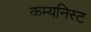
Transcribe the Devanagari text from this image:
कम्यनिस्ट